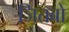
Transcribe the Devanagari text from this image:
जितबो